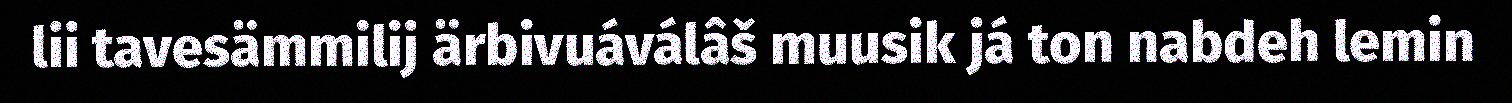
lii tavesämmilij ärbivuáválâš muusik já ton nabdeh lemin